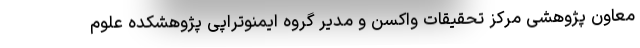
معاون پژوهشی مرکز تحقیقات واکسن و مدیر گروه ایمنوتراپی پژوهشکده علوم